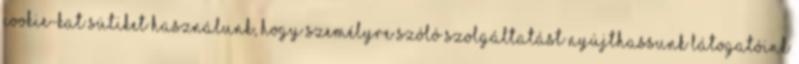
cookie-kat sütiket használunk, hogy személyre szóló szolgáltatást nyújthassunk látogatóink